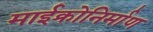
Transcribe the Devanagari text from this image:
माईक्रोनिर्माण